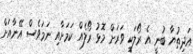
އަދިތުޔާ ބުނީ އެ ރޯލަކީ ވަރަށް މޮޅު ރޯލެއް ކަމަށާއި ނަމަވެސް އޭނާއަށް